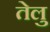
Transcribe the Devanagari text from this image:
तेलु